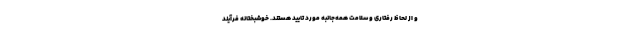
و از لحاظ رفتاری و سلامت همه‌جانبه مورد تایید هستند. خوشبختانه فرآیند